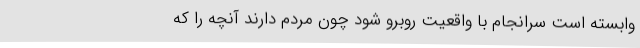
وابسته است سرانجام با واقعیت روبرو شود چون مردم دارند آنچه را که